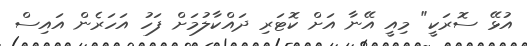
އުޅޭ ސޮރަކީ" މިއީ އޭނާ އަށް ކޮޓަރި ދައްކާލުމަށް ފަހު އަހަރެން އައިސް